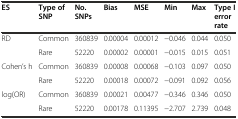
| ES | Type of SNP | No. SNPs | Bias | MSE | Min | Max | Type I error rate |
 | --- | --- | --- | --- | --- | --- | --- | --- |
 | RD | Common | 360839 | 0.00004 | 0.00012 | -0.046 | 0.044 | 0.050 |
 |  | Rare | 52220 | 0.00002 | 0.00001 | -0.015 | 0.015 | 0.051 |
 | Cohen’s h | Common | 360839 | 0.00008 | 0.00068 | -0.103 | 0.097 | 0.050 |
 |  | Rare | 52220 | 0.00018 | 0.00072 | -0.091 | 0.092 | 0.056 |
 | log(OR) | Common | 360839 | 0.00021 | 0.00477 | -0.346 | 0.346 | 0.050 |
 |  | Rare | 52220 | 0.00178 | 0.11395 | -2.707 | 2.739 | 0.048 |